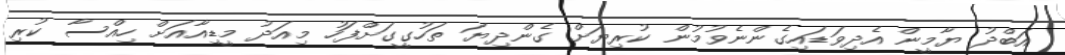
އަބްދު ޔާމީން އެދިވަޑައިގެންނެވުމުން ކުރިޔަށް ގެންދިޔަ ތަހުގީގަށްފަހު މިއަދު މީޑިއާއަށް ހިއްސާ ކުރި